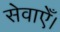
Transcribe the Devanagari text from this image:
सेवाएँ।